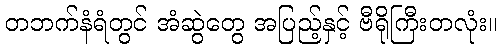
တဘက်နံရံတွင် အံဆွဲတွေ အပြည့်နှင့် ဗီရိုကြီးတလုံး။